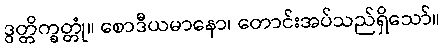
ဒွတ္တိက္ခတ္တုံ။ စောဒီယမာနော၊ တောင်းအပ်သည်ရှိသော်။